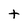
Character: t